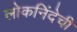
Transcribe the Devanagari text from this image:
लोकनिंदेची